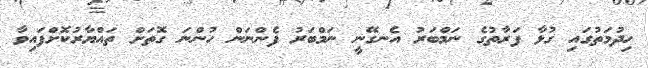
ހިދުމަތުގައި ގުޅާ ފަރާތުގެ ނަމްބަރު އެނގޭނީ ނަމްބަރު ފެންނަން ހުންނަ ގޮތަށް ތައްޔާރުކޮށްފައިވާ